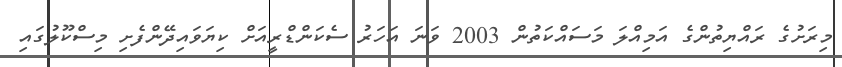
މިރަށުގެ ރައްޔިތުންގެ އަމިއްލަ މަސައްކަތުން 2003 ވަނަ އަހަރު ސެކަންޑްރީއަށް ކިޔަވައިދޭންފެށި މިސްކޫލުގައި